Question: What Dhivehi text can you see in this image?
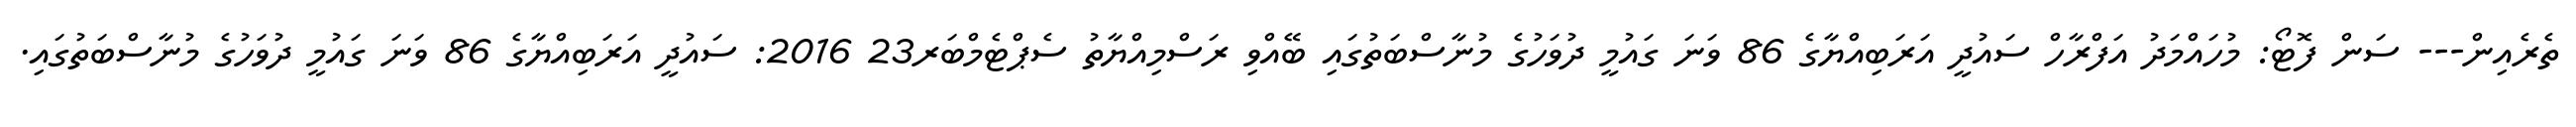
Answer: ތެރެއިން--- ސަން ފޮޓޯ: މުހައްމަދު އަފްރާހް ސައުދީ އަރަބިއްޔާގެ 86 ވަނަ ގައުމީ ދުވަހުގެ މުނާސްބަތުގައި ބޭއްވި ރަސްމިއްޔާތު ސެޕްޓެމްބަރ23 2016: ސައުދީ އަރަބިއްޔާގެ 86 ވަނަ ގައުމީ ދުވަހުގެ މުނާސްބަތުގައި.